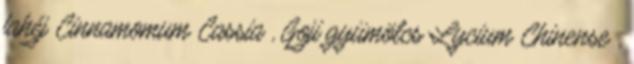
fahéj Cinnamomum Cassia , Goji gyümölcs Lycium Chinense .